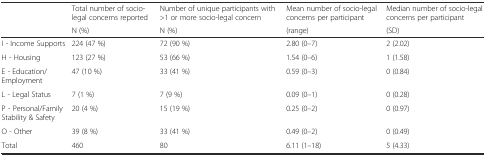
| <ROWSPAN=2>  | Total number of socio-legal concerns reported | Number of unique participants with >1 or more socio-legal concern | Mean number of socio-legal concerns per participant | Median number of socio-legal concerns per participant |
 | N (%) | N (%) | (range) | (SD) |
 | --- | --- | --- | --- | --- |
 | I - Income Supports | 224 (47 %) | 72 (90 %) | 2.80 (0–7) | 2 (2.02) |
 | H - Housing | 123 (27 %) | 53 (66 %) | 1.54 (0–6) | 1 (1.58) |
 | E - Education/Employment | 47 (10 %) | 33 (41 %) | 0.59 (0–3) | 0 (0.84) |
 | L - Legal Status | 7 (1 %) | 7 (9 %) | 0.09 (0–1) | 0 (0.28) |
 | P - Personal/Family Stability & Safety | 20 (4 %) | 15 (19 %) | 0.25 (0–2) | 0 (0.97) |
 | O - Other | 39 (8 %) | 33 (41 %) | 0.49 (0–2) | 0 (0.49) |
 | Total | 460 | 80 | 6.11 (1–18) | 5 (4.33) |